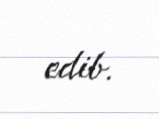
edib.